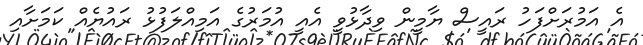
އެ އަމުރަށްފަހު ރައީސް ޔާމީން ވިދާޅުވީ އެއީ އުމަރުގެ އަމިއްލަފުޅު ރައުޔެއް ކަމަށާއި